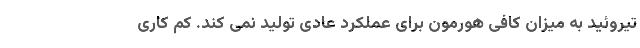
تیروئید به میزان کافی هورمون برای عملکرد عادی تولید نمی کند. کم کاری